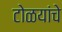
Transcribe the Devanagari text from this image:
टोळयांचे